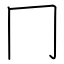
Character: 冂